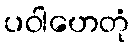
ပဝါဟေတုံ